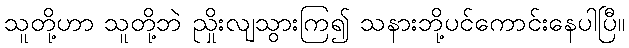
သူတို့ဟာ သူတို့ဘဲ ညှိုးလျသွားကြ၍ သနားဘို့ပင်ကောင်းနေပါပြီ။